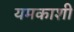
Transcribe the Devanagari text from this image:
यमकाशी